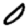
Digit: 0